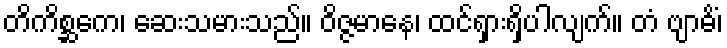
တိကိစ္ဆကေ၊ ဆေးသမားသည်။ ဝိဇ္ဇမာနေ၊ ထင်ရှားရှိပါလျက်။ တံ ဗျာဓိံ၊